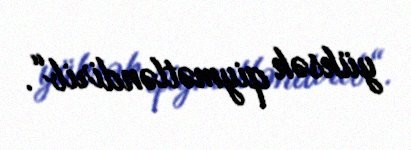
yüksək qiymətləndirib“.